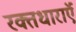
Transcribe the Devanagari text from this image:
रक्तधाराऍं